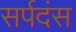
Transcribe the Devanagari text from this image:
सर्पदंस